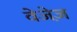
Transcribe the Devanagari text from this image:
वेजेज़